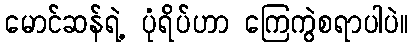
မောင်ဆန်ရဲ့ ပုံရိပ်ဟာ ကြေကွဲစရာပါပဲ။